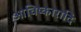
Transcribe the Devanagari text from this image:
आविष्कारादि